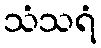
သံသရံ